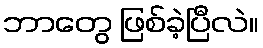
ဘာတွေ ဖြစ်ခဲ့ပြီလဲ။